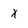
Character: x